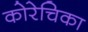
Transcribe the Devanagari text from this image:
कोरेचिका